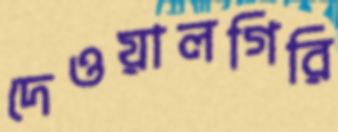
দেওয়ালগিরি